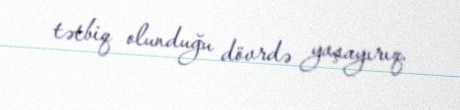
tətbiq olunduğu dövrdə yaşayırıq.